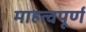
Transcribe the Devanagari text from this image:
माहत्वपूर्ण